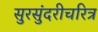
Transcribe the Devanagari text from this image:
सुरसुंदरीचरित्र